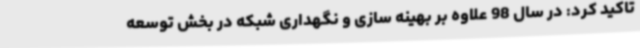
تاکید کرد: در سال 98 علاوه بر بهینه سازی و نگهداری شبکه در بخش توسعه